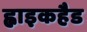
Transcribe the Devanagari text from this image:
ह्वाइकहैड